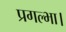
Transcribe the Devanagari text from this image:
प्रगल्भा।